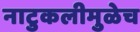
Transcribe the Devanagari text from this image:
नाटुकलीमुळेच